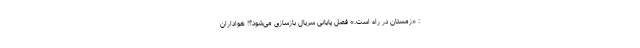
: «زمستان در راه است.» فصل پایانی سریال بازسازی می‌شود؟! هواداران